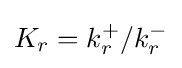
K_{r}=k_{r}^{+}/k_{r}^{-}